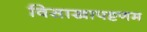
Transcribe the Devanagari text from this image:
विसाखापट्टणम